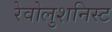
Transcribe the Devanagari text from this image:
रेवोलुशनिस्ट